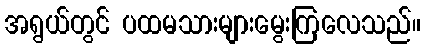
အရွယ်တွင် ပထမသားများမွေးကြလေသည်။